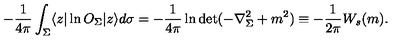
- { \frac { 1 } { 4 \pi } } \int _ { \Sigma } \langle z | \ln O _ { \Sigma } | z \rangle d \sigma = - { \frac { 1 } { 4 \pi } } \ln \det ( - \nabla _ { \Sigma } ^ { 2 } + m ^ { 2 } ) \equiv - { \frac { 1 } { 2 \pi } } W _ { s } ( m ) .